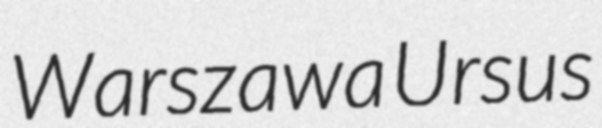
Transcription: Warszawa Ursus